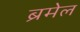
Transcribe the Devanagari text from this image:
ब्रमेल